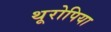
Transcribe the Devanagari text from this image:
थूरोपिया